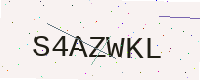
Text: S4AZWKL